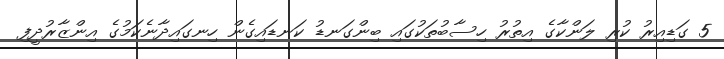
5 ގަޑިއިރު ކުރި ލަންކާގެ އިތުރު ހިސާބުތަކުގައި ބިންގަނޑު ކަނޑައިގެން ހިނގައިދާނެކަމުގެ އިންޒާރުދީފި